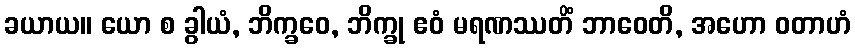
ခယာယ။ ယော စ ခွါယံ, ဘိက္ခဝေ, ဘိက္ခု ဧဝံ မရဏဿတိံ ဘာဝေတိ, အဟော ဝတာဟံ